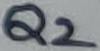
Text: Q2